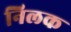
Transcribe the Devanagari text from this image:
निलक